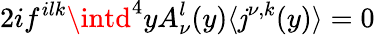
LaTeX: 2if^{ilk}\intd^{4}yA_{\nu}^{l}(y)\langle\mathit{j}^{\nu,k}(y)\rangle=0